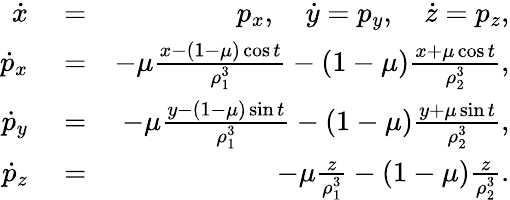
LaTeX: \begin{array}{rlr}{\dot{x}}&{{}=}&{p_{x},\quad\dot{y}=p_{y},\quad\dot{z}=p_{z},}\\ {\dot{p}_{x}}&{{}=}&{-\mu\frac{x-(1-\mu)\cos{t}}{\rho_{1}^{3}}-(1-\mu)\frac{x+\mu\cos{t}}{\rho_{2}^{3}},}\\ {\dot{p}_{y}}&{{}=}&{-\mu\frac{y-(1-\mu)\sin{t}}{\rho_{1}^{3}}-(1-\mu)\frac{y+\mu\sin{t}}{\rho_{2}^{3}},}\\ {\dot{p}_{z}}&{{}=}&{-\mu\frac{z}{\rho_{1}^{3}}-(1-\mu)\frac{z}{\rho_{2}^{3}}.}\end{array}